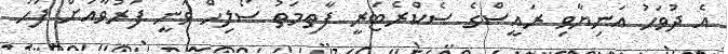
އެ ދުވަހު އަނިޔާވި ރައީސްގެ ސެކްރެޓަރީ ފާތިމަތު ސޯލިހް ވަނީ ފަރުވާއަށް ފަހު